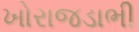
ખોરાજડાભી